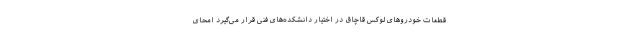
قطعات خودروهای لوکس قاچاق در اختیار دانشکده‌های فنی قرار می‌گیرد امحای